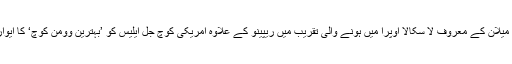
پیر کو میلان کے معروف لا سکالا اوپرا میں ہونے والی تقریب میں ریپینو کے علاوہ امریکی کوچ جل ایلیس کو ’بہترین وومن کوچ‘ کا ایوارڈ ملا۔